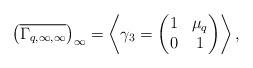
LaTeX: \begin{align*} \left( \overline{\Gamma_{q, \infty, \infty}} \right)_{\infty} = \left\langle \gamma_3 = \begin{pmatrix} 1 & \mu_q \\ 0 & 1 \end{pmatrix} \right\rangle,\end{align*}